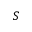
S